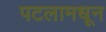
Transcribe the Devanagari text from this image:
पटलामधून